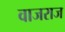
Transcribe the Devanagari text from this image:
वाजराज